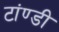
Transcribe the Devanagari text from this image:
टांण्डी